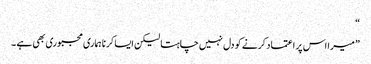
“
” میرا اس پر اعتماد کرنے کو دل نہیں چاہتا لیکن ایسا کرنا ہماری مجبوری بھی ہے ۔